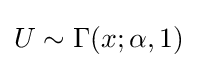
U\sim \Gamma (x;\alpha ,1)